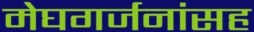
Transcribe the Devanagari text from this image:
मेघगर्जनांसह